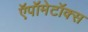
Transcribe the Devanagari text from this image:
ऍपॉमेटॉक्स